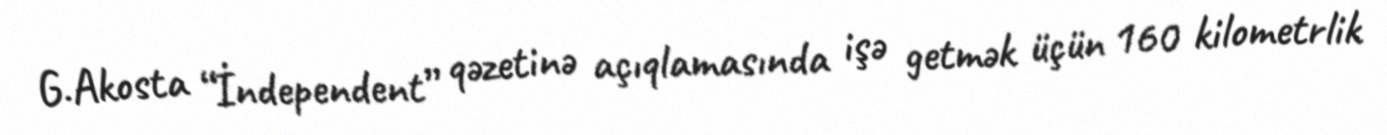
G.Akosta “İndependent” qəzetinə açıqlamasında işə getmək üçün 160 kilometrlik